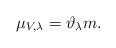
LaTeX: \begin{align*}\mu_{V,\lambda}=\vartheta_\lambda m.\end{align*}